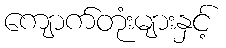
ကျောက်တုံးများနှင့်